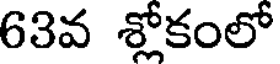
63వ శ్లోకంలో